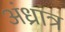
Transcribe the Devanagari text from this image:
अंध्रांत्र